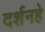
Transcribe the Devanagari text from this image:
दर्शनहे